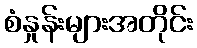
စံနှုန်းများအတိုင်း